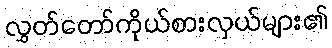
လွှတ်တော်ကိုယ်စားလှယ်များ၏